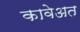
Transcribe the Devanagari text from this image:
कावेअत